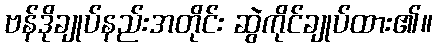
ဗန်ဒိုချုပ်နည်းအတိုင်း ဆွဲကိုင်ချုပ်ထား၏။